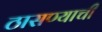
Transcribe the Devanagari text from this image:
ठासण्याची